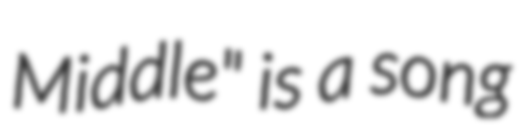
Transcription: Middle" is a song